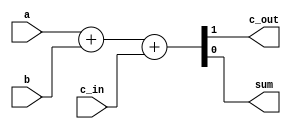
module fa(output wire c_out, sum, input wire a, b, c_in);
    //Se utiliza la concatenacion como se pedia en el guion
    
    assign {c_out, sum} = a + b + c_in;

endmodule